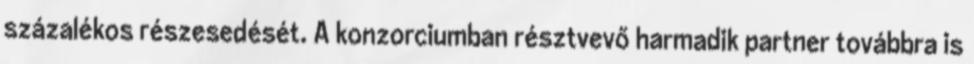
százalékos részesedését. A konzorciumban résztvevő harmadik partner továbbra is